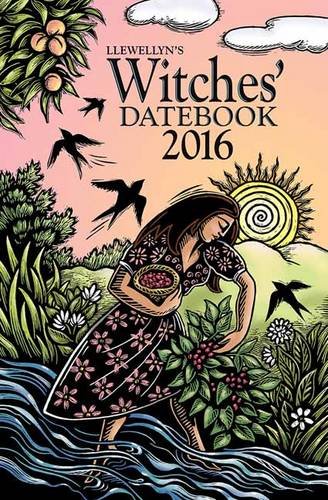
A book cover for Llewellyn's 2016 Witches' Datebook; Jane Meredith; Calendars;